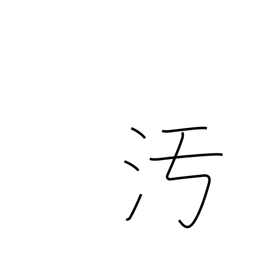
Meaning: disgrace